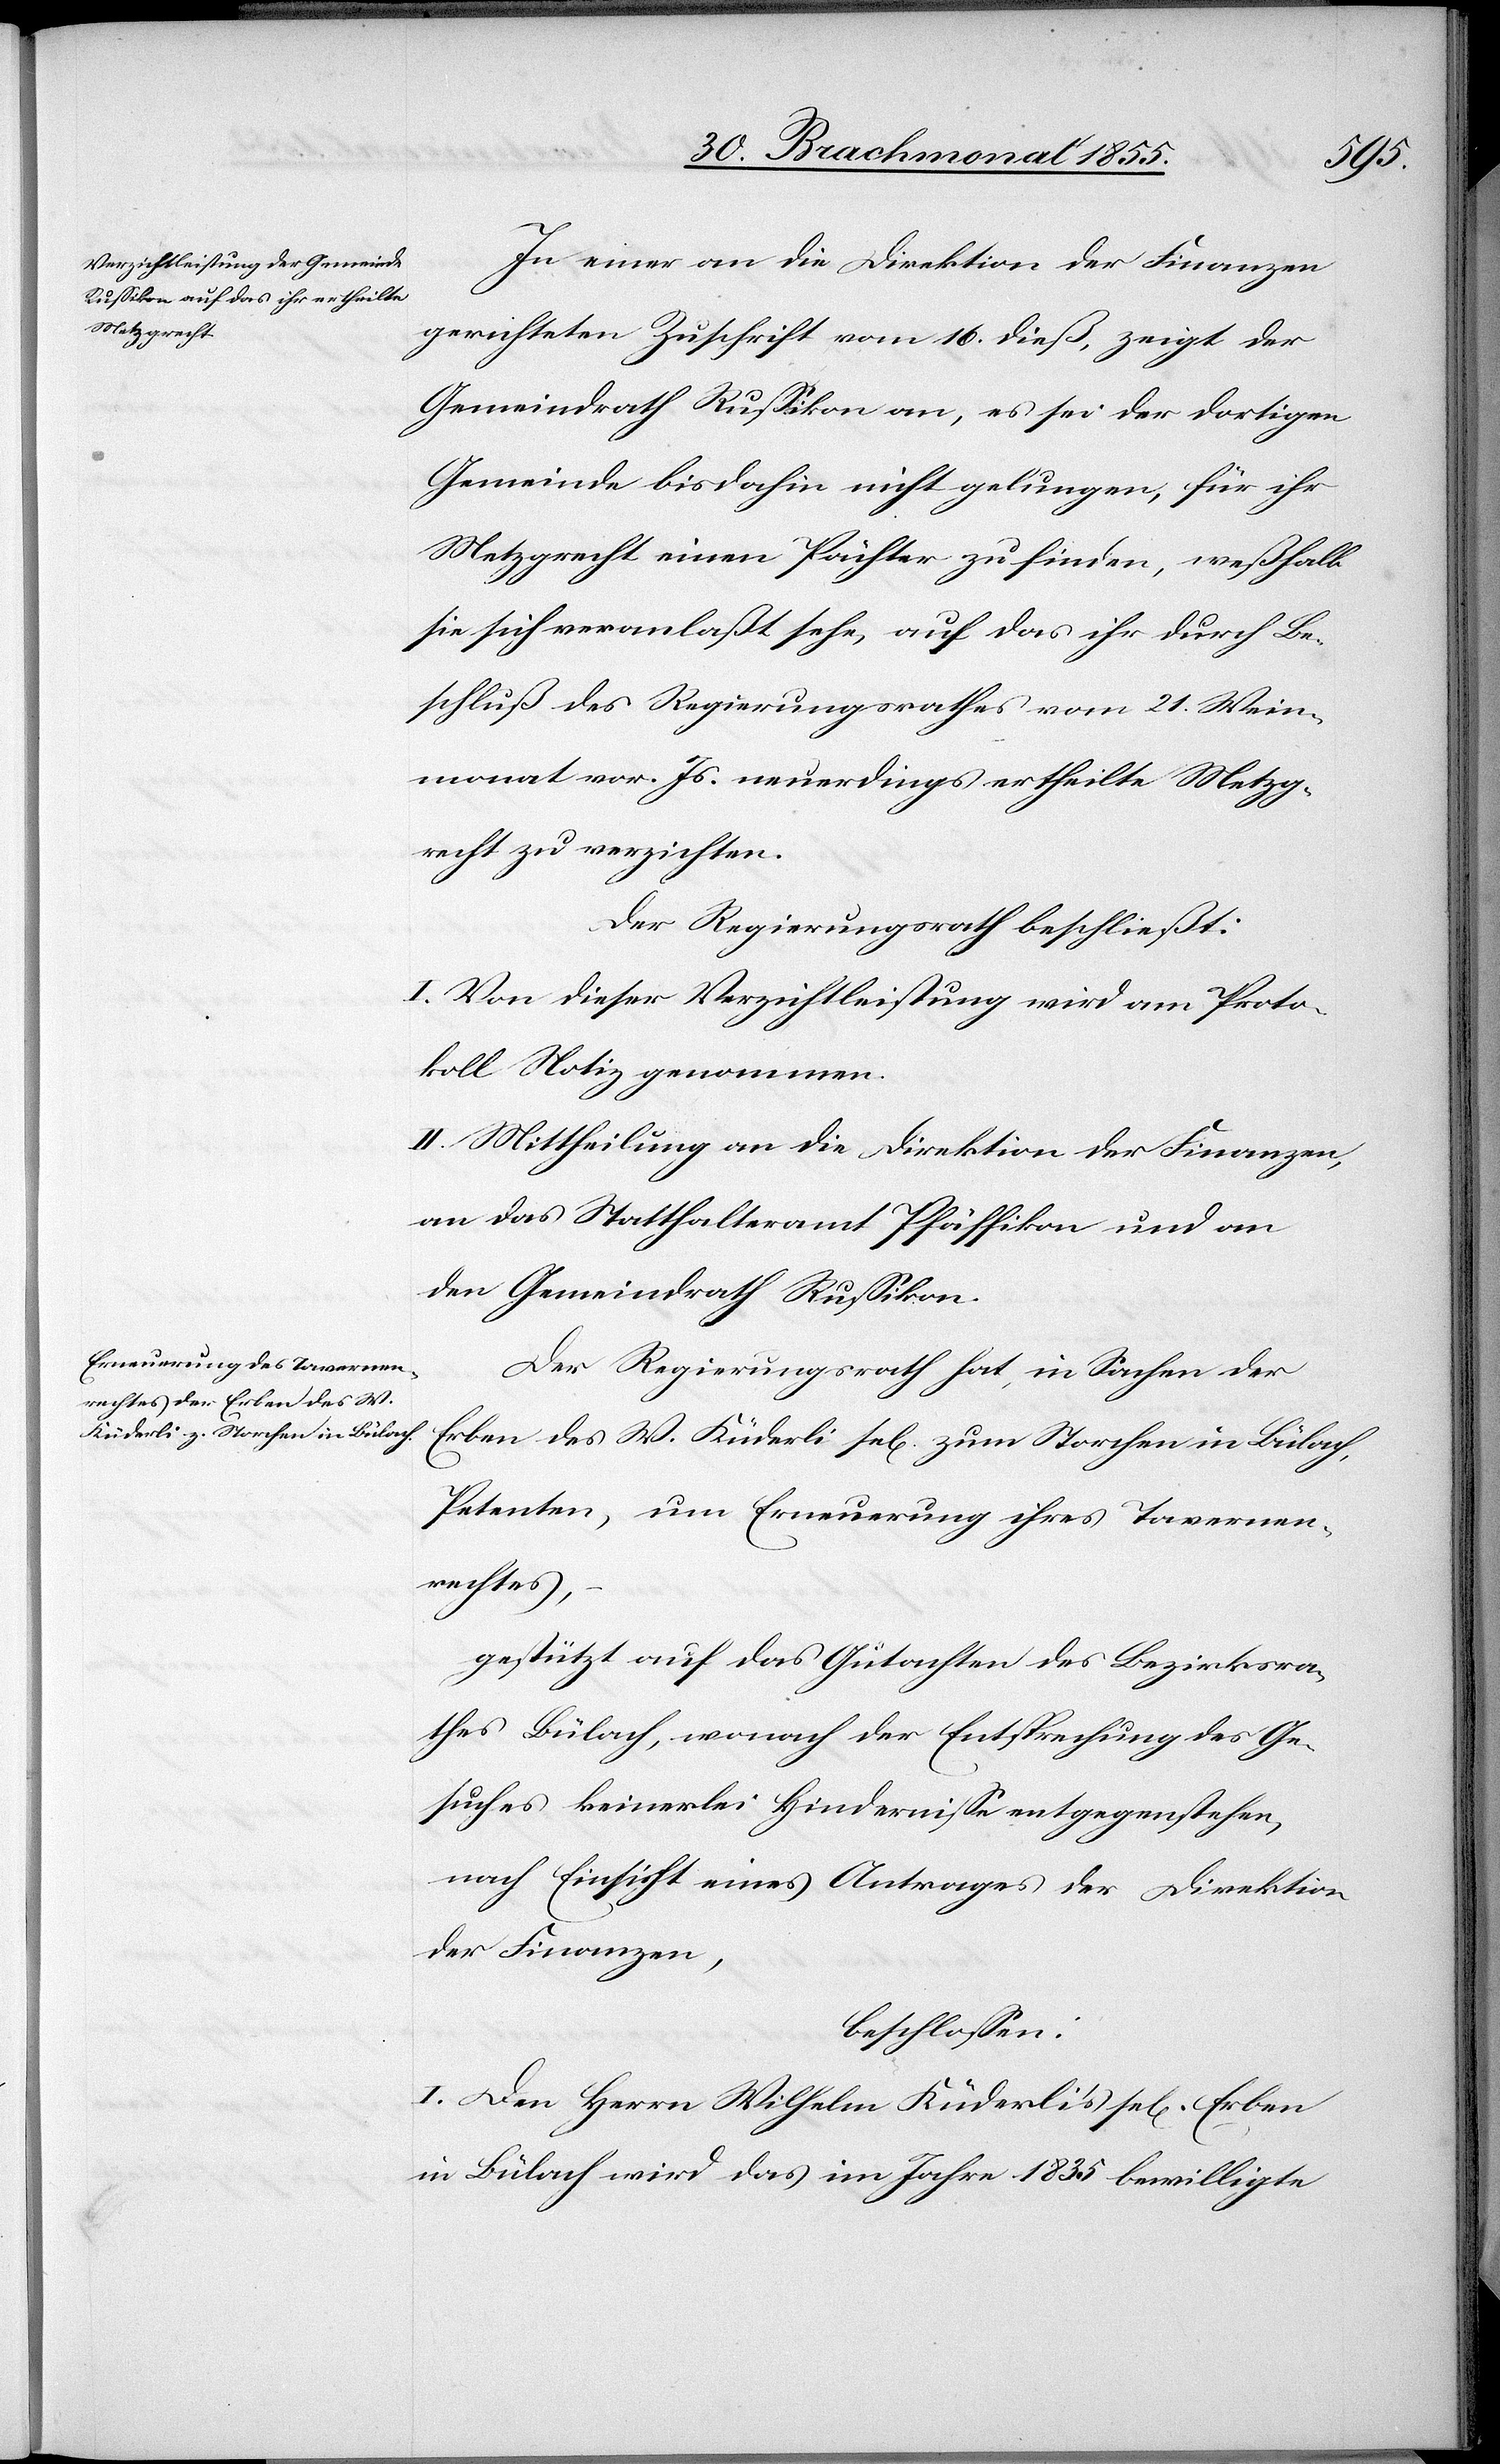
In einer an die Direktion der Finanzen
gerichteten Zuschrift vom 16. dieß, zeigt der
Gemeindrath Russikon an, es sei der dortigen
Gemeinde bisdahin nicht gelungen, für ihr
Metzgrecht einen Pächter zu finden, weßhalb
sie sich veranlaßt sehe, auf das ihr durch Be¬
schluß des Regierungsrathes vom 21. Wein¬
monat vor. Js. neuerdings ertheilte Metzg¬
recht zu verzichten.
Der Regierungsrath beschließt:
I. Von dieser Verzichtleistung wird am Proto¬
koll Notiz genommen.
II. Mittheilung an die Direktion der Finanzen,
an das Statthalteramt Pfäffikon und an
den Gemeindrath Russikon.
Der Regierungsrath hat, in Sachen der
Erben des W. Küderli sel[ig] zum Storchen in Bülach,
Petenten, um Erneuerung ihres Tavernen¬
rechtes,
gestützt auf das Gutachten des Bezirksra¬
thes Bülach, wonach der Entsprechung des Ge¬
suches keinerlei Hindernisse entgegenstehen,
nach Einsicht eines Antrages der Direktion
der Finanzen,
beschlossen:
I. Den Herrn Wilhelm Küderli’s sel[ig] Erben
in Bülach wird das im Jahre 1835 bewilligte